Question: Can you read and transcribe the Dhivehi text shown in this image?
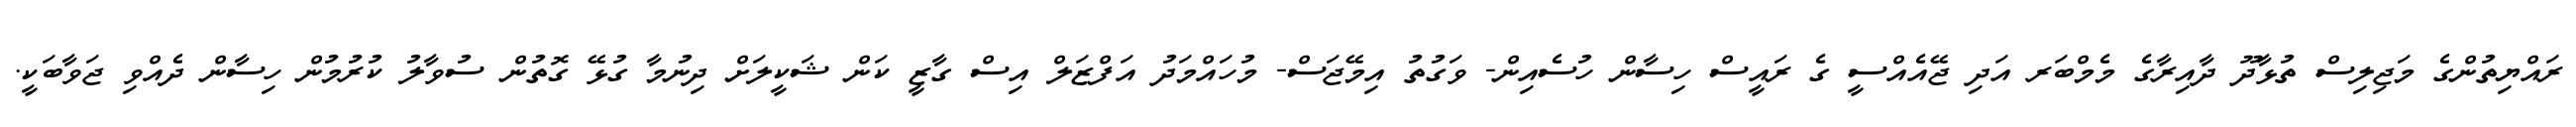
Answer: ރައްޔިތުންގެ މަޖިލިސް ތުޅާދޫ ދާއިރާގެ މެމްބަރ އަދި ޖޭއެއްސީ ގެ ރައީސް ހިސާން ހުސެއިން- ވަގުތު އިމޭޖަސް- މުހައްމަދު އަފްޒަލް އިސް ގާޒީ ކަން ޝަކީލަށް ދިނުމާ ގުޅޭ ގޮތުން ސުވާލު ކުރުމުން ހިސާން ދެއްވި ޖަވާބަކީ.